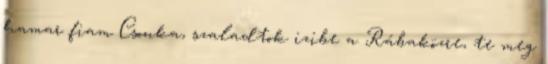
hamar fiam Csonka, szaladtok izibe a Rábaközre, te meg